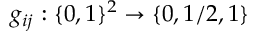
g _ { i j } : \{ 0 , 1 \} ^ { 2 } \rightarrow \{ 0 , 1 / 2 , 1 \}